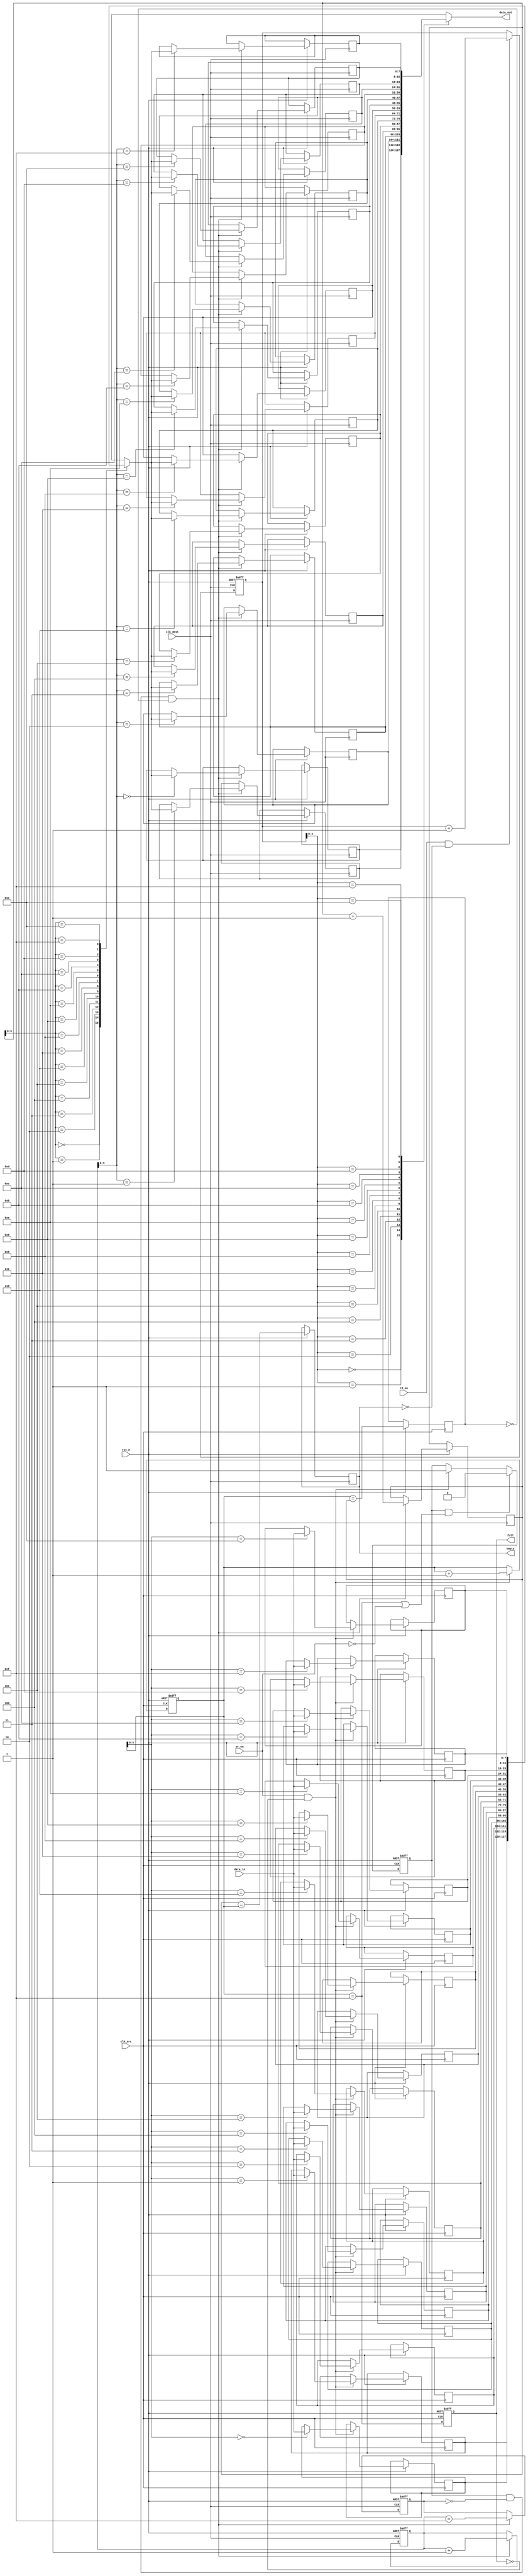
module MemoryBlocksBurstModeSynchronizer #(
    parameter DATA_WIDTH = 8,
    parameter FIFO_DEPTH = 16
)(
    input wire clk_src,                // Source clock
    input wire clk_dest,               // Destination clock
    input wire rst_n,                  // Active low reset
    input wire [DATA_WIDTH-1:0] data_in, // Data input
    input wire wr_en,                  // Write enable for input FIFO
    output wire full,                  // Input FIFO full signal
    output wire empty,                 // Output FIFO empty signal
    output wire [DATA_WIDTH-1:0] data_out, // Data output
    input wire rd_en                   // Read enable for output FIFO
);

    // Input FIFO buffer
    reg [DATA_WIDTH-1:0] input_fifo [0:FIFO_DEPTH-1];
    reg [4:0] wr_ptr, rd_ptr;
    reg fifo_full, fifo_empty;

    // Burst detection logic
    reg burst_detected;
    reg [3:0] burst_counter;

    // Output FIFO buffer
    reg [DATA_WIDTH-1:0] output_fifo [0:FIFO_DEPTH-1];
    reg [4:0] wr_ptr_out, rd_ptr_out;
    reg fifo_full_out, fifo_empty_out;

    // Control signals
    reg write_enable;
    reg read_enable;

    // Input FIFO write logic
    always @(posedge clk_src or negedge rst_n) begin
        if (!rst_n) begin
            wr_ptr <= 0;
            fifo_full <= 0;
            burst_counter <= 0;
            burst_detected <= 0;
        end else begin
            if (wr_en && !fifo_full) begin
                input_fifo[wr_ptr] <= data_in;
                wr_ptr <= wr_ptr + 1;
                burst_counter <= burst_counter + 1;
                burst_detected <= 1; // Start burst
            end
            
            if (burst_detected && (wr_ptr == FIFO_DEPTH - 1 || !wr_en)) begin
                burst_detected <= 0; // End burst
                burst_counter <= 0;
            end
            
            fifo_full <= (wr_ptr == FIFO_DEPTH - 1);
            fifo_empty <= (wr_ptr == rd_ptr);
        end
    end

    // Data synchronization circuit
    always @(posedge clk_dest or negedge rst_n) begin
        if (!rst_n) begin
            wr_ptr_out <= 0;
            fifo_full_out <= 0;
        end else begin
            if (burst_detected && !fifo_full_out && !fifo_empty) begin
                output_fifo[wr_ptr_out] <= input_fifo[rd_ptr];
                wr_ptr_out <= wr_ptr_out + 1;
                rd_ptr <= rd_ptr + 1;
                fifo_full_out <= (wr_ptr_out == FIFO_DEPTH - 1);
            end
            
            fifo_empty_out <= (rd_ptr == wr_ptr);
        end
    end

    // Output FIFO read logic
    assign data_out = output_fifo[rd_ptr_out];
    assign empty = fifo_empty_out;
    assign full = fifo_full;

    always @(posedge clk_dest or negedge rst_n) begin
        if (!rst_n) begin
            rd_ptr_out <= 0;
        end else begin
            if (rd_en && !fifo_empty_out) begin
                rd_ptr_out <= rd_ptr_out + 1;
            end
        end
    end

endmodule